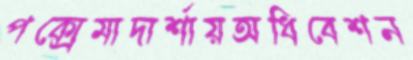
পক্সেমাদার্শায়অধিবেশন